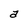
Character: a